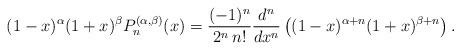
LaTeX: \begin{align*}(1-x)^{\alpha}(1+x)^{\beta}P_n^{(\alpha,\beta)}(x)=\frac{(-1)^n}{2^n \, n!}\frac{d^n}{dx^n}\left((1-x)^{\alpha+n}(1+x)^{\beta+n}\right).\end{align*}